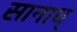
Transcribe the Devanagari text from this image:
सानाध्